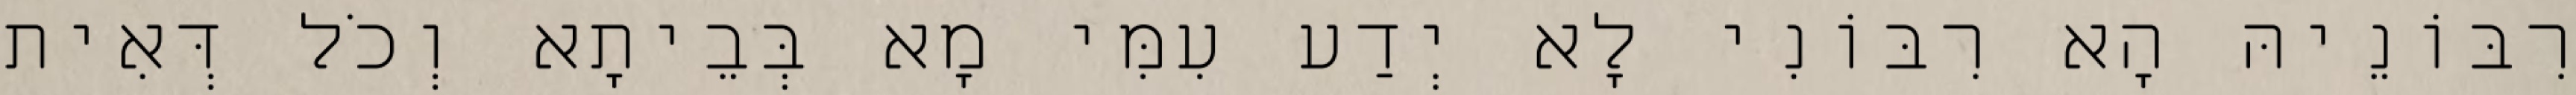
רִבּוֹנֵיהּ הָא רִבּוֹנִי לָא יְדַע עִמִּי מָא בְּבֵיתָא וְכֹל דְּאִית